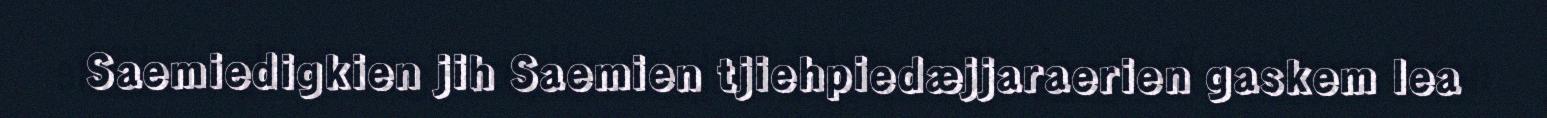
Saemiedigkien jih Saemien tjiehpiedæjjaraerien gaskem lea